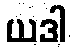
ယဒါ